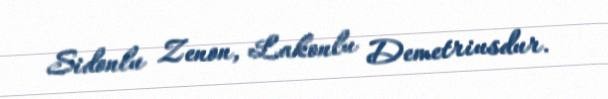
Sidonlu Zenon, Lakonlu Demetriusdur.